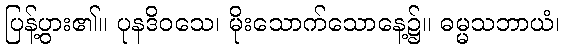
ပြန့်ပွား၏။ ပုနဒိဝသေ၊ မိုးသောက်သောနေ့၌။ ဓမ္မသဘာယံ၊